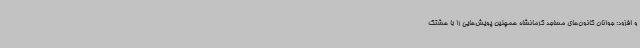
و افزود: جوانان کانون‌های مساجد کرمانشاه همچنین پویش‌هایی را با هشتگ